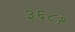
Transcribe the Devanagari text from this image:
३६८१